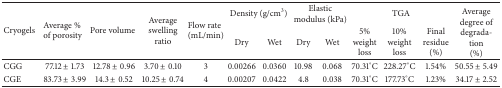
<table><thead><tr><td rowspan="2"><b>Cryogels</b></td><td rowspan="2"><b>Average % of porosity</b></td><td rowspan="2"><b>Pore volume</b></td><td rowspan="2"><b>Average swelling ratio</b></td><td rowspan="2"><b>Flow rate (mL/min)</b></td><td colspan="2"><b>Density (g/cm<sup>3</sup>)</b></td><td colspan="2"><b>Elastic modulus (kPa)</b></td><td colspan="3"><b>TGA</b></td><td rowspan="2"><b>Average degree of degradation (%)</b></td></tr><tr><td><b>Dry</b></td><td><b>Wet</b></td><td><b>Dry</b></td><td><b>Wet</b></td><td><b>5% weight loss</b></td><td><b>10% weight loss</b></td><td><b>Final residue (%)</b></td></tr></thead><tbody><tr><td>CGG</td><td>77.12 ± 1.73</td><td>12.78 ± 0.96</td><td>3.70 ± 0.10</td><td>3</td><td>0.00266</td><td>0.0360</td><td>10.98</td><td>0.068</td><td>70.31°C</td><td>228.27°C</td><td>1.54%</td><td>50.55 ± 5.49</td></tr><tr><td>CGE</td><td>83.73 ± 3.99</td><td>14.3 ± 0.52</td><td>10.25 ± 0.74</td><td>4</td><td>0.00207</td><td>0.0422</td><td>4.8</td><td>0.038</td><td>70.31°C</td><td>177.73°C</td><td>1.23%</td><td>34.17 ± 2.52</td></tr></tbody></table>